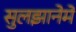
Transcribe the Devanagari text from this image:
सुलझानेमें